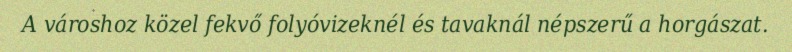
A városhoz közel fekvő folyóvizeknél és tavaknál népszerű a horgászat.